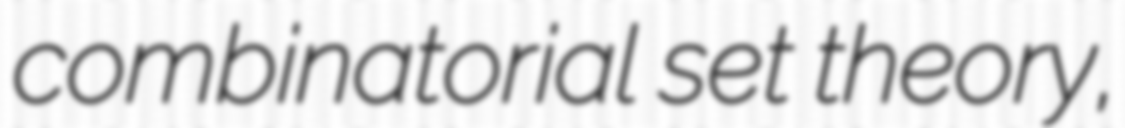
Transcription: combinatorial set theory,